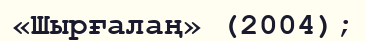
«Шырғалаң» (2004);